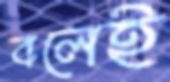
বলেই